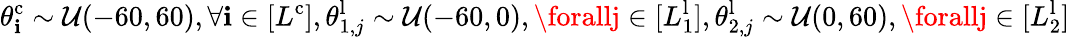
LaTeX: \theta_{\mathbf{i}}^{\mathrm{{c}}}\sim\mathcal{{U}}(-60,60),\forall\mathbf{i}\in[L^{\mathrm{{c}}}],\theta_{1,j}^{\mathrm{{l}}}\sim\mathcal{{U}}(-60,0),\forallj\in[L_{1}^{\mathrm{{l}}}],\theta_{2,j}^{\mathrm{{l}}}\sim\mathcal{{U}}(0,60),\forallj\in[L_{2}^{\mathrm{{l}}}]